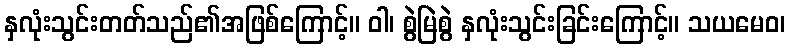
နှလုံးသွင်းတတ်သည်၏အဖြစ်ကြောင့်။ ဝါ၊ စွဲမြဲစွဲ နှလုံးသွင်းခြင်းကြောင့်။ သယမေဝ၊